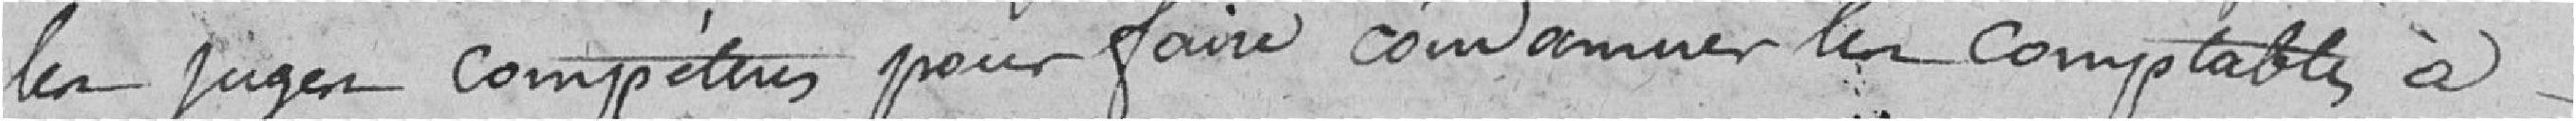
les juges compétents pour faire condamner les comptables à